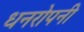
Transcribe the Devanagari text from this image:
धनरोपनी